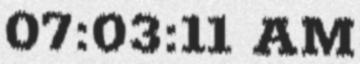
07:03:11 AM